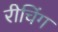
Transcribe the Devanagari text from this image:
रीचिंग